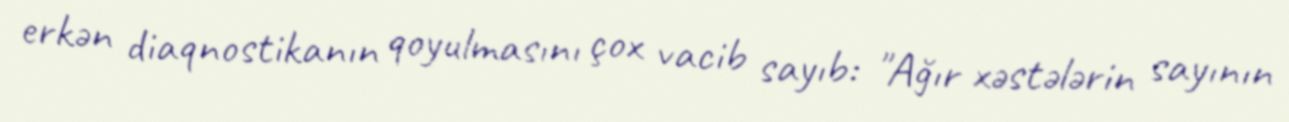
erkən diaqnostikanın qoyulmasını çox vacib sayıb: "Ağır xəstələrin sayının